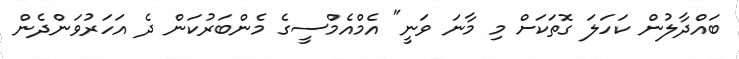
ބައްދާލުން ކަހަލަ ގޮތަކަށް މި މާނަ ވަނީ" އެމްއެމްސީގެ މެންބަރުކަން ދެ އަހަރުވަންދެން